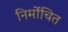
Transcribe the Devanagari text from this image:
निर्मोचित